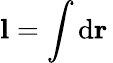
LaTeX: \mathbf{l}=\int\mathrm{d}\mathbf{r}\,